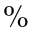
\%